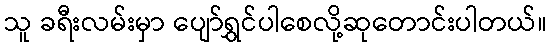
သူ ခရီးလမ်းမှာ ပျော်ရွှင်ပါစေလို့ဆုတောင်းပါတယ်။